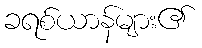
ခရစ်ယာန်များ၏